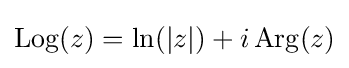
\operatorname {Log} (z)=\ln(|z|)+i\operatorname {Arg} (z)